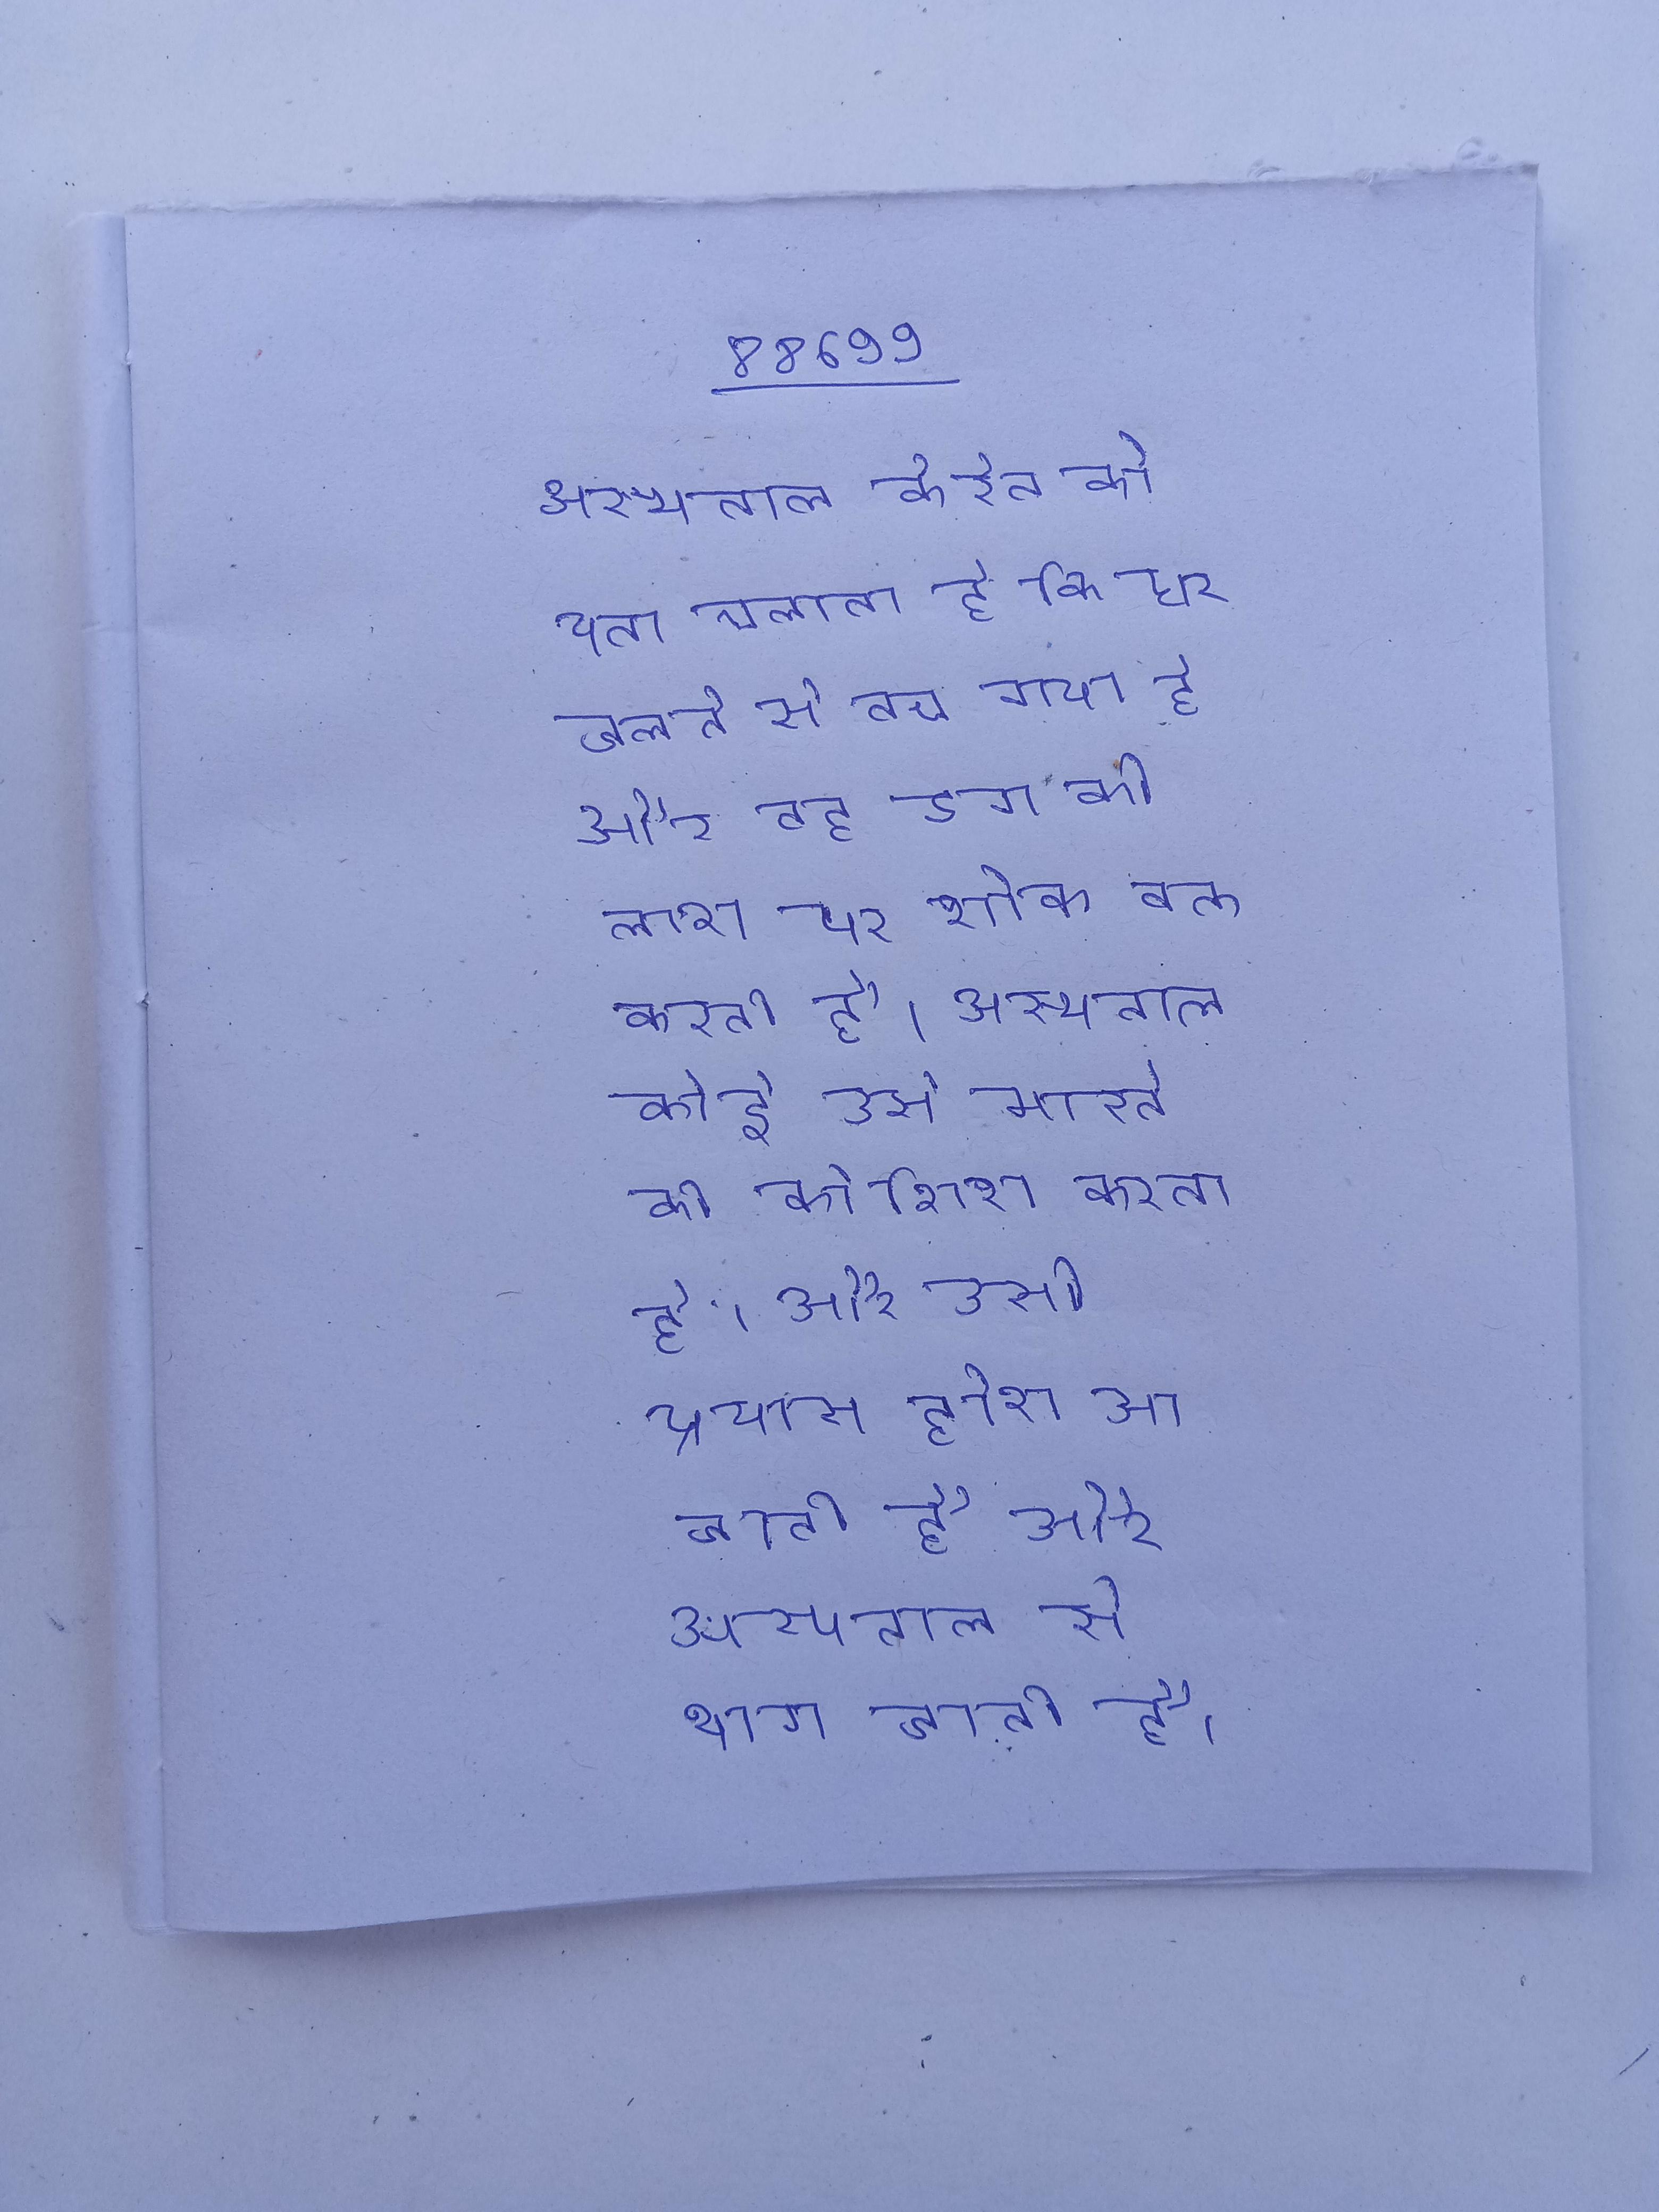
अस्पताल केरेन को पता चलता है कि घर जलने से बच गया है और वह डग की लाश पर शोक वक्त करती है । अस्पताल कोई उसे मारने की कोशिश करता है, और उसी प्रयास होश आ जाती है और अस्पताल से भाग जाती है ।